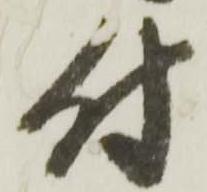
付